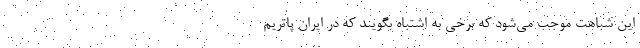
این شباهت موجب می‌شود که برخی به اشتباه بگویند که در ایران پاتریم